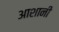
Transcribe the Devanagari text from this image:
आशानी